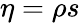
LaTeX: \eta=\rho s